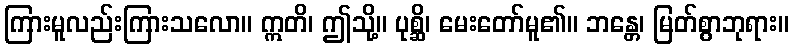
ကြားမူလည်းကြားသလော။ ဣတိ၊ ဤသို့။ ပုစ္ဆိ၊ မေးတော်မူ၏။ ဘန္တေ၊ မြတ်စွာဘုရား။